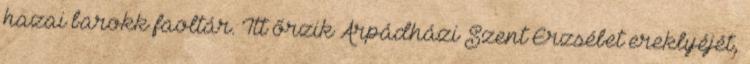
hazai barokk faoltár. Itt őrzik Árpádházi Szent Erzsébet ereklyéjét,